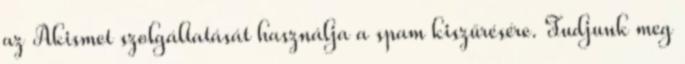
az Akismet szolgáltatását használja a spam kiszűrésére. Tudjunk meg